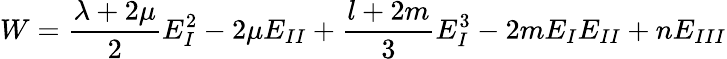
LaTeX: W=\frac{\lambda+2\mu}{2}E_{I}^{2}-2\mu E_{II}+\frac{l+2m}{3}E_{I}^{3}-2mE_{I}E_{II}+nE_{III}